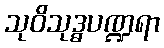
သုဝိသုဒ္ဓပဏ္ဍရာ